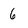
Character: 6